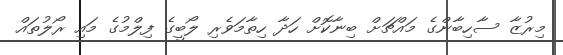
މިރުޒާ ސާހިބާންގެ މައްޗަށް ބިނާކޮށް ހަދާ ހިތާމަވެރި ލޯބީގެ ފިލްމުގެ މައި ރޯލުތައް